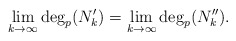
\begin{align*}\lim_{k\to\infty}\deg_p(N_k')=\lim_{k\to\infty}\deg_p(N_k'').\end{align*}